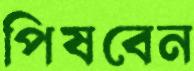
পিষবেন